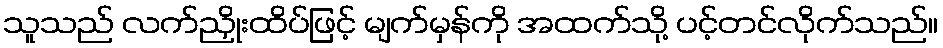
သူသည် လက်ညှိုးထိပ်ဖြင့် မျက်မှန်ကို အထက်သို့ ပင့်တင်လိုက်သည်။